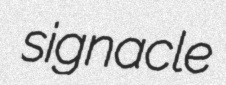
signacle